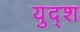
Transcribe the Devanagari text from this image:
युद्श